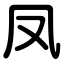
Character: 凤